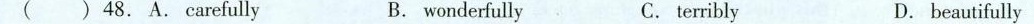
( ) 48. A.Carefully B. wonderfully C. terribly D. beautifully